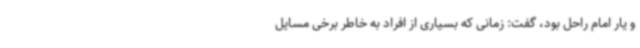
و یار امام راحل بود، گفت: زمانی که بسیاری از افراد به خاطر برخی مسایل